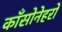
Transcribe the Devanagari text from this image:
काँसोनेहरो